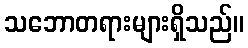
သဘောတရားများရှိသည်။